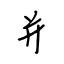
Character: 并